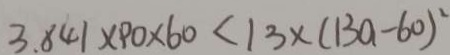
3 . 8 4 1 \times 9 0 \times 6 0 < 1 3 \times ( 1 3 a - 6 0 ) ^ { 2 }